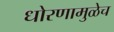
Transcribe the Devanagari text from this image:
धोरणामुळेच